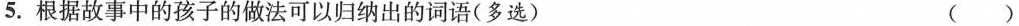
5.根据故事中的孩子的做法可以归纳出的词语(多选) ( )